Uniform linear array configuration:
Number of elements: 64
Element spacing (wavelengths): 1
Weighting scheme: binomial
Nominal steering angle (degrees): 30
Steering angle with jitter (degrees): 29.678
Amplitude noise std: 0.05
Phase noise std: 0.05

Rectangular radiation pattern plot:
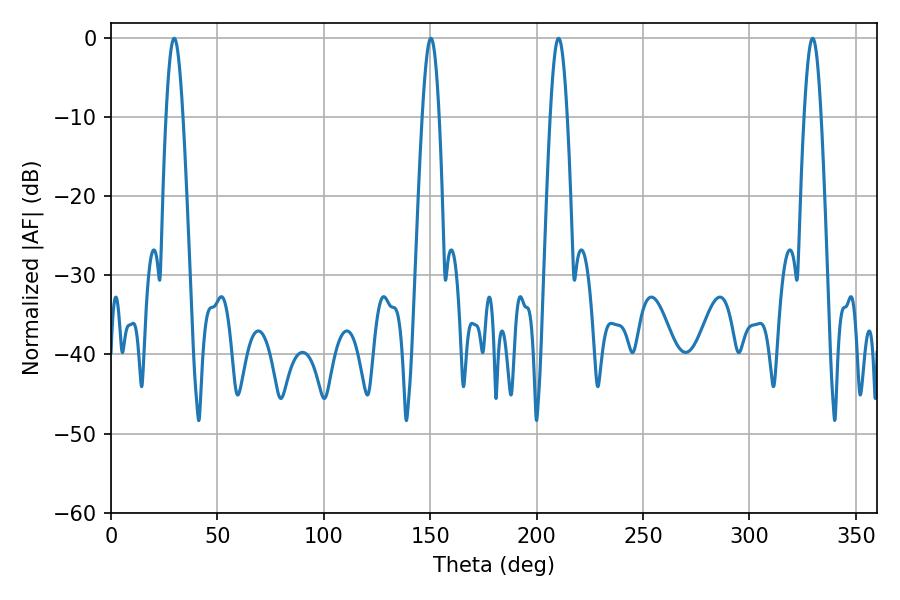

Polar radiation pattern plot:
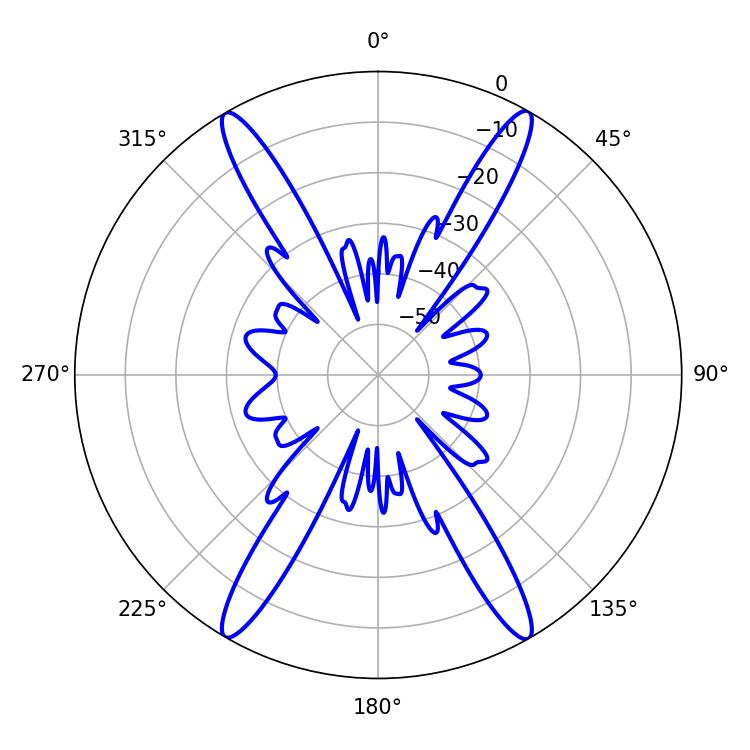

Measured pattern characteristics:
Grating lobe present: TRUE
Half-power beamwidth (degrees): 4.32
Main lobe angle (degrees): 150.3